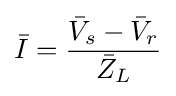
{\bar {I}}={\frac {{\bar {V}}_{s}-{\bar {V}}_{r}}{{\bar {Z}}_{L}}}